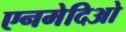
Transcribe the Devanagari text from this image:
एनमेदिओ